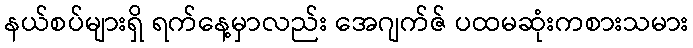
နယ်စပ်များရှိ ရက်နေ့မှာလည်း အေဂျက်ဇ် ပထမဆုံးကစားသမား